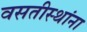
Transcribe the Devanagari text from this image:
वसतीस्थांना